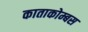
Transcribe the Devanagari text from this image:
काताकोम्बस